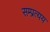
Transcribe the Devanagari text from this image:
सम्प्रत्यय